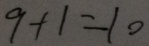
9 + 1 = 1 0